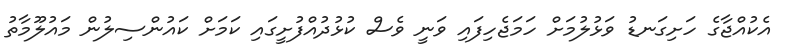
އެކުއްޖާގެ ހަށިގަނޑު ވަޅުލުމަށް ހަމަޖެހިފައި ވަނީ ވެސް ކުޅުދުއްފުށީގައި ކަމަށް ކައުންސިލުން މައުލޫމާތު